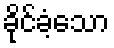
ခိုင်ခံ့သော